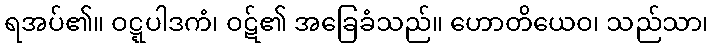
ရအပ်၏။ ဝဋ္ဋပါဒကံ၊ ဝဋ်၏ အခြေခံသည်။ ဟောတိယေဝ၊ သည်သာ၊